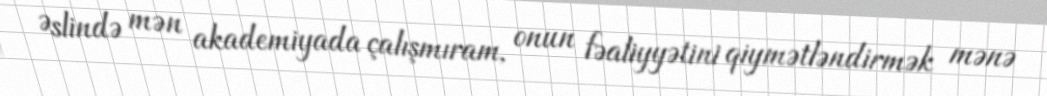
Əslində mən akademiyada çalışmıram, onun fəaliyyətini qiymətləndirmək mənə